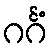
ဂင်္ဂံ